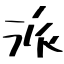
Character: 派